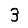
Digit: 3